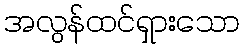
အလွန်ထင်ရှားသော